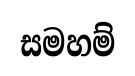
සමහම්